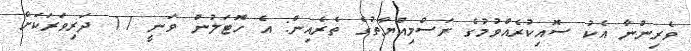
ވެރިންނާ އެކު ސޮއިކުރެއްވުމުގެ ރަސްމިއްޔާތުގެ ތެރެއިން: އެ ހޮޓަލުން ވަނީ 17 ދަރިވަރަކަށް